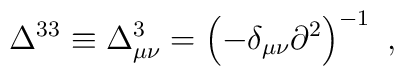
\Delta^{33}\equiv\Delta^{3}_{\mu\nu}=\left(-\delta_{\mu\nu}\partial^2\right)^{-1} \ ,